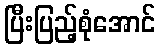
ပြီးပြည့်စုံအောင်